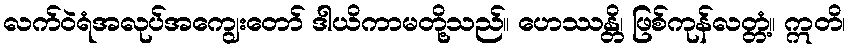
လက်ဝဲရံအလုပ်အကျွေးတော် ဒါယိကာမတို့သည်။ ဟေဿန္တိ၊ ဖြစ်ကုန်လတ္တံ့။ ဣတိ၊